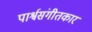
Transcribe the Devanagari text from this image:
पार्श्वसंगीतकार